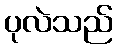
ပုလဲသည်